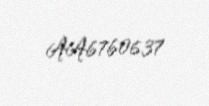
AA6760637